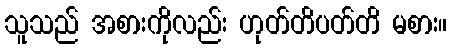
သူသည် အစားကိုလည်း ဟုတ်တိပတ်တိ မစား။